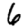
Digit: 6